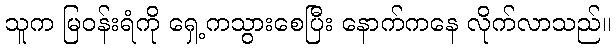
သူက မြဝန်းရံကို ရှေ့ကသွားစေပြီး နောက်ကနေ လိုက်လာသည်။